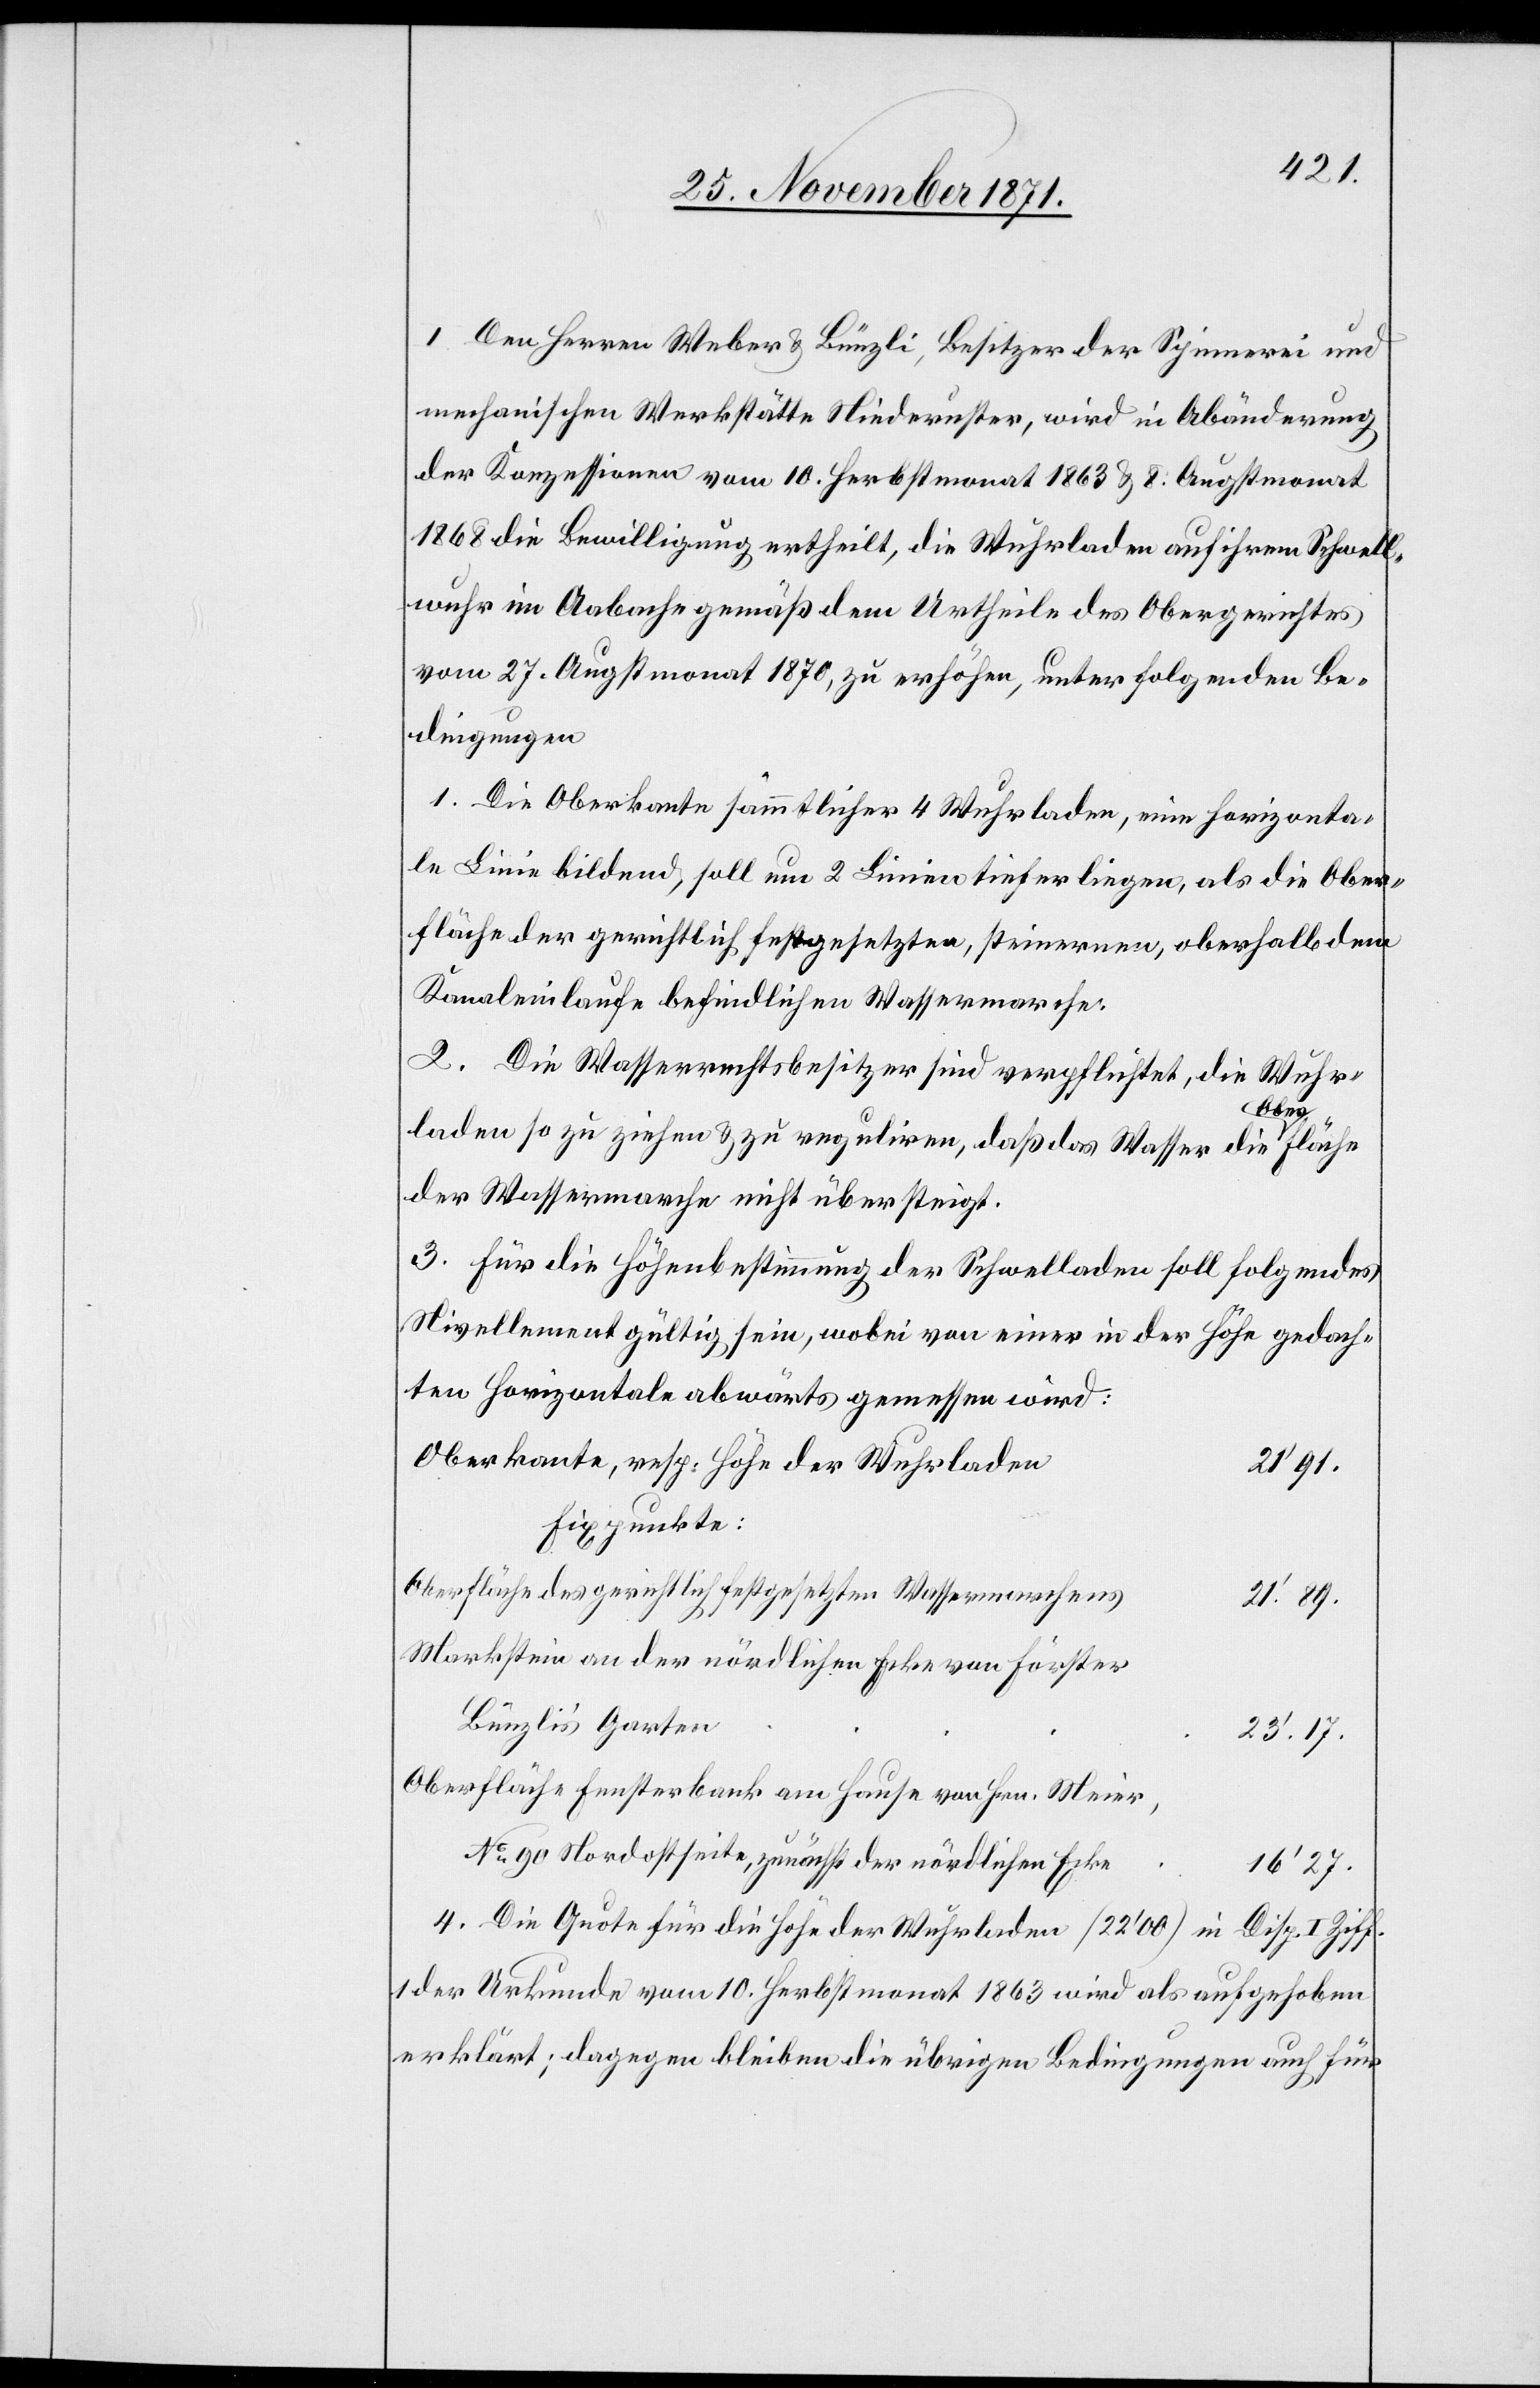
I. Den Herren Weber & Bünzli, Besitzer der Spinnerei und
mechanischen Werkstätte Niederuster, wird in Abänderung
der Konzessionen vom 10. Herbstmonat 1863 & 8. Augstmonat
1868 die Bewilligung ertheilt, die Wuhrladen auf ihrem Schwell¬
wuhr im Aabache gemäß dem Urtheile des Obergerichtes
vom 27. Augstmonat 1870, zu erhöhen, unter folgenden Be¬
dingungen.
1. Die Oberkante sämmtlicher 4 Wuhrladen, eine horizonta¬
le Linie bildend, soll um 2 Linien tiefer liegen, als die Ober¬
fläche der gerichtlich festgesetzten, steinernen, oberhalb dem
Kanaleinlaufe befindlichen Wassermarche.
2. Die Wasserrechtsbesitzer sind verpflichtet, die Wuhr¬
fläche
laden so zu ziehen & zu reguliren, daß das Wasser die a–O¬
der Wassermarche nicht übersteigt.
3. Für die Höhenbestimmung der Schwelladen soll folgendes
Nivellement gültig sein, wobei von einer in der Höhe gedach¬
ten Horizontale abwärts gemessen wird:
Oberkante, resp. Höhe der Wuhrladen
21’89.
Fixpunkte
Oberfläche des gerichtlich festgesetzten Wassermarches
Markstein an der nördlichen Ecke von Föster
Bünzli’s Garten
23’17.
Oberfläche Fensterbank am Hause von Hrn. Meier,
No 90 Nordostseite, zunächst der nördlichen Ecke
16’27
4. Die Quote für die Höhe der Wuhrladen (22’00) in
Disp. I Ziff.
1 der Urkunde vom 10. Herbstmonat 1863 wird als aufgehoben
erklärt; dagegen bleiben die übrigen Bedingungen auch für